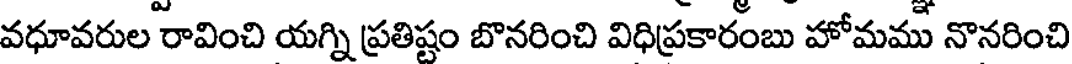
వధూవరుల రావించి యగ్ని ప్రతిష్టం బొనరించి విధిప్రకారంబు హోమము నొనరించి